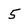
Character: 5